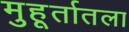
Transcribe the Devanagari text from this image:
मुहूर्तातला